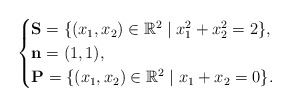
\begin{align*}\begin{cases}\mathbf{S} = \{ (x_1, x_2) \in \mathbb{R}^2 \mid x_1^2 + x_2^2 = 2 \},\\\mathbf{n} = (1, 1), \\ \mathbf{P} = \{ (x_1, x_2) \in \mathbb{R}^2 \mid x_1 + x_2 = 0 \}.\end{cases}\end{align*}